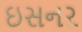
ઇસનર